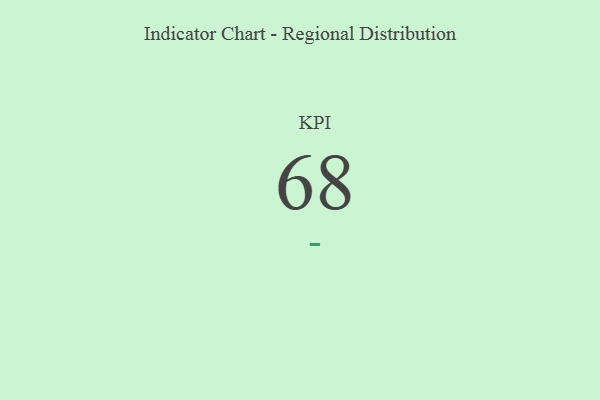
{"axis": {"x": "KPI", "y": "Value"}, "legend": [""], "data": [{"x": "KPI", "y": 68, "type": ""}]}